Leaving Certificate Examination, 1918
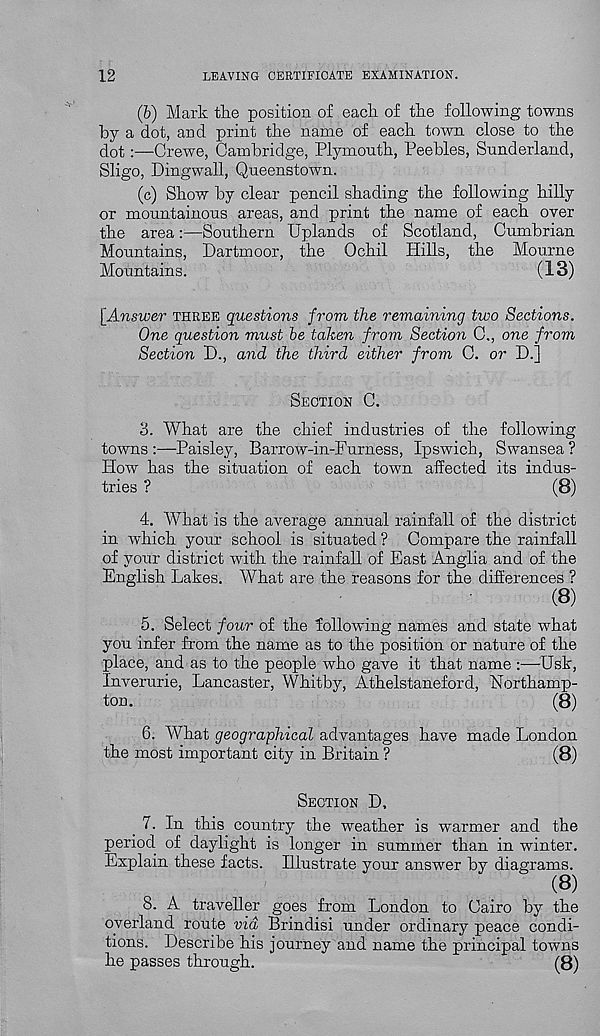
12
LEAVING CERTIFICATE EXAMINATION.
(b) Mark tke position of each of the following towns
by a dot, and print the name of each town close to the
dot:—Crewe, Cambridge, Plymouth, Peebles, Sunderland,
Sligo, Dingwall, Queenstown.
(c) Show by clear pencil shading the following hilly
or mountainous areas, and print the name of each over
the area:—Southern Uplands of Scotland, Cumbrian
Mountains, Dartmoor, the Ochil Hills, the Mourne
Mountains.
(13)
[Answer THREE questions from the remaining two Sections.
One question must be taken from Section C., one from
Section D., and the third either from C. or D.]
SECTION C.
3. What are the chief industries of the following
towns :—Paisley, Barrow-in-Furness, Ipswich, Swansea ?
How has the situation of each town affected its indus-
tries ?
(8)
4. What is the average annual rainfall of the district
in which your school is situated ? Compare the rainfall
of your district with the rainfall of East Anglia and of the
English Lakes. What are the reasons for the differences ?
(8)
5. Select four of the following names and state what
you infer from the name as to the position or nature of the
place, and as to the people who gave it that name :—Usk,
Inverurie, Lancaster, Whitby, Athelstaneford, Northamp-
ton.
(8)
6. What geographical advantages have made London
the most important city in Britain ?
(8)
SECTION D,
_ 7. In this country the weather is warmer and the
period of daylight is longer in summer than in winter.
Explain these facts. Illustrate your answer by diagrams.
(8)
8. A traveller goes from London to Cairo by the
ojerland route via Brindisi under ordinary peace condi-
tions. Describe his journey and name the principal towns
he passes through.
(8)